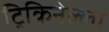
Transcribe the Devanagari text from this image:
ट्रिकिनेल्ला